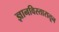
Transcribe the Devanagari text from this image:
ज्ञानविस्तारातून